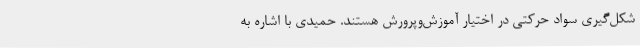
شکل‌گیری سواد حرکتی در اختیار آموزش‌وپرورش هستند. حمیدی با اشاره به